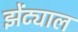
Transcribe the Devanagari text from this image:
झेंट्याल